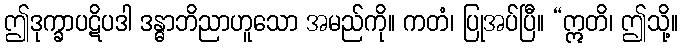
ဤဒုက္ခာပဋိပဒါ ဒန္ဓာဘိညာဟူသော အမည်ကို။ ကတံ၊ ပြုအပ်ပြီ။ “ဣတိ၊ ဤသို့။